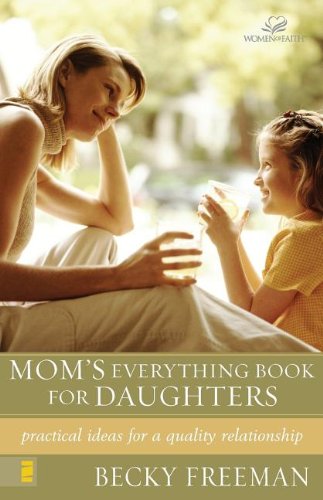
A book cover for Mom's Everything Book for Daughters; Becky Freeman; Parenting & Relationships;